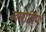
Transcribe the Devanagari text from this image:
स्वारोचिष्‌